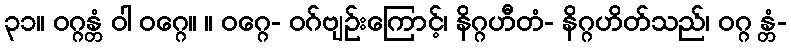
၃၁။ ဝဂ္ဂန္တံ ဝါ ဝဂ္ဂေ။ ။ ဝဂ္ဂေ- ဝဂ်ဗျဉ်းကြောင့်၊ နိဂ္ဂဟီတံ- နိဂ္ဂဟိတ်သည်၊ ဝဂ္ဂ န္တံ-